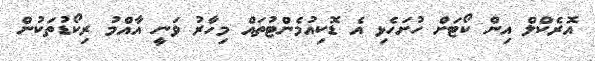
އޮރެކްލް އިން ކޯޓަށް ހުށަހެޅި އެ ޑޮކިއުމެންޓުތައް މިހާރު ވަނީ އާއްމު ރިކޯޑުތަކުން